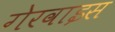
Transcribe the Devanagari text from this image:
गेरवाइस